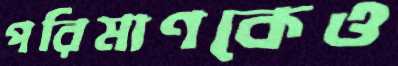
পরিমাণকেও